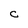
Character: C